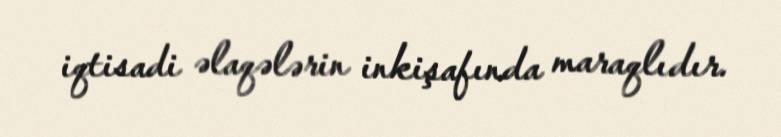
iqtisadi əlaqələrin inkişafında maraqlıdır.